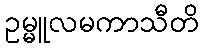
ဥမ္မူလမကာသီတိ